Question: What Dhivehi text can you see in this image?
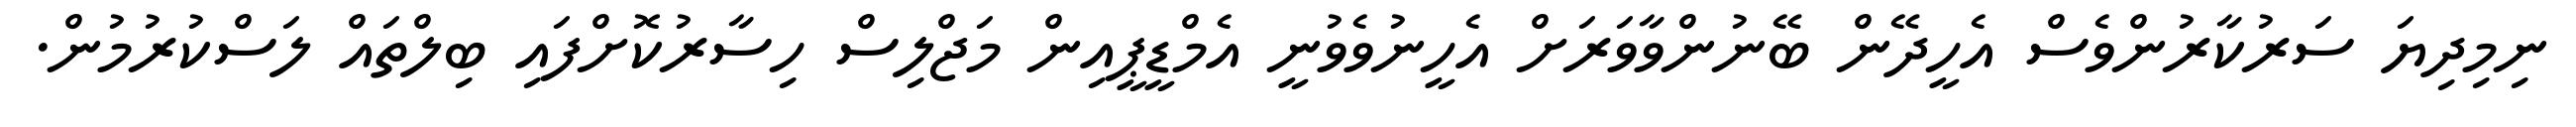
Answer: ނިމިދިޔަ ސަރުކާރުންވެސް އެހީދޭން ބޭނުންވާވަރަށް އެހީނުވެވުނީ އެމްޑީޕީއިން މަޖްލިސް ހިސާރުކޮށްފައި ބިލްތައް ލަސްކުރުމުން.